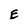
Character: E